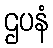
ဌပနံ